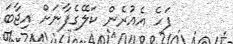
ފަހެ އެއުރެން ކަލޭގެފާނަށް އިޖާބަ